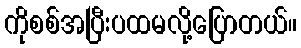
ကိုစစ်အပြီးပထမလို့ပြောတယ်။